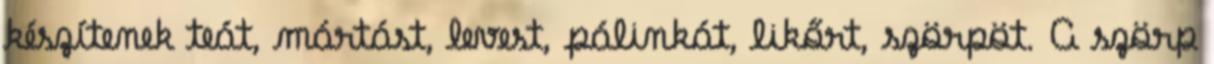
készítenek teát, mártást, levest, pálinkát, likőrt, szörpöt. A szörp